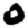
Digit: 0